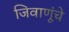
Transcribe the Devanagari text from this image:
जिवाणूंचे